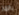
بالمر